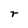
Character: r